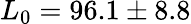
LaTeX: L_{0}=96.1\pm 8.8